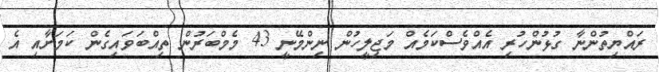
ރައްޔިތުންނާ ގުޅުންހުރި އެއްވެސްކަމެއް މަޖިލީހުން ނިންމޭނީ 43 މެމްބަރުން ތިއްބަވައިގެން ކަމަށާއި އެ